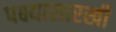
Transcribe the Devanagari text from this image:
पक्ष्यासारखी